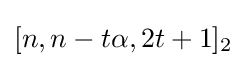
[n,n-t\alpha ,2t+1]_{2}